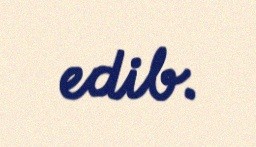
edib.